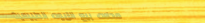
محلات بيع الزيوت الطبيعية